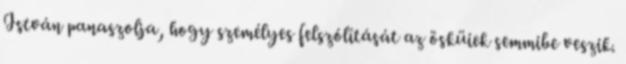
István panaszolja, hogy személyes felszólítását az ösküiek semmibe veszik.